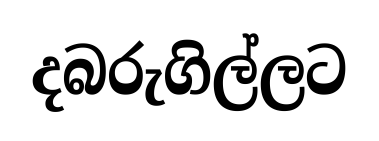
දබරුගිල්ලට